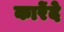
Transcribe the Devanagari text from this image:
कारेंदे